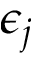
\epsilon _ { j }